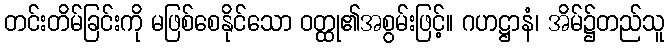
တင်းတိမ်ခြင်းကို မဖြစ်စေနိုင်သော ဝတ္ထု၏အစွမ်းဖြင့်။ ဂဟဋ္ဌာနံ၊ အိမ်၌တည်သူ